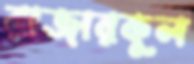
রাজারকুল